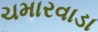
ચમારવાડા